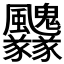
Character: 𩙢